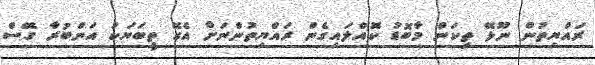
ރައްޔިތުން ނޫޅޭ ތިކަން މާބޮޑު ކޮއްލައިގެން ރައްޔިތުންނަށް އެގޭ ތީބަޔަކު އަންބުރާ ގޭސް